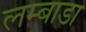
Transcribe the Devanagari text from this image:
लम्बाडा